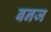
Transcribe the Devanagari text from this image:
बनज